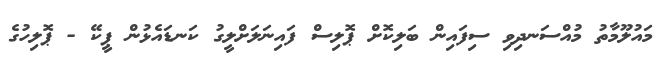
މައުލޫމާތު މުއްސަނދިވި ސިފައިން ބަލިކޮށް ޕޮލިސް ފައިނަލަށްލީގު ކަނޑައެޅުން ޕީކޭ - ޕޮލިހުގެ